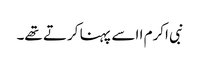
نبی اکرم ا اسے پہنا کرتے تھے۔